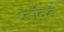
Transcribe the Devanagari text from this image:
डॉवुड